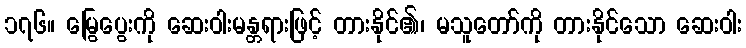
၁၇၆။ မြွေပွေးကို ဆေးဝါးမန္တရားဖြင့် တားနိုင်၏၊ မသူတော်ကို တားနိုင်သော ဆေးဝါး